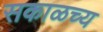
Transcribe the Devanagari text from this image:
सकाळच्य